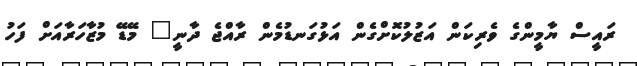
ރައީސް ޔާމީންގެ ވެރިކަން އަޒުލުކޮށްގެން އަޅުގަނޑުމެން ރާއްޖެ ދާނީ" މޭޑޭ މުޒާހަރާއަށް ފަހު